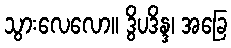
သွားလေလော။ ဒွိပဒိန္ဒ၊ အခြေ